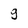
Character: g